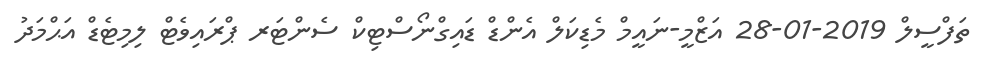
ތަފްސީލް 2019-01-28 އަޒްމީ-ނައީމް މެޑިކަލް އެންޑް ޑައިގްނޯސްޓިކް ސެންޓަރ ޕްރައިވެޓް ލިމިޓެޑް އަޙްމަދު